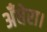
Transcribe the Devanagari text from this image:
अँधेरा।